Scottish Leaving Certificate Examination, 1959
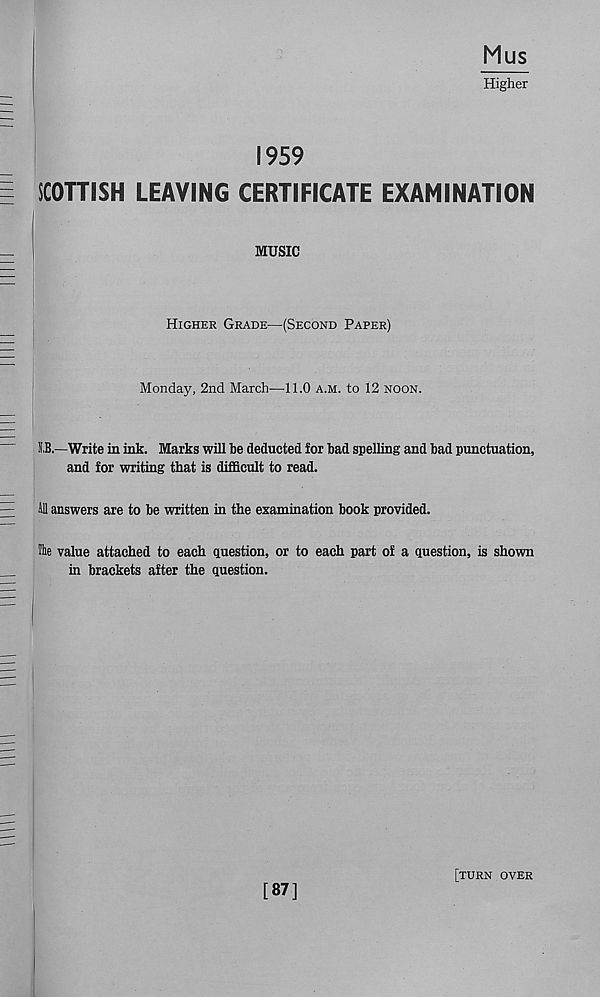
Higher
1959
SCOTTISH LEAVING CERTIFICATE EXAMINATION
!
.
MUSIC
Higher Grade—(Second Paper)
Monday, 2nd March—11.0 a.m. to 12 noon.
I.B.—Write in ink. Marks will be deducted for bad spelling and bad punctuation,
and for writing that is difficult to read.
All answers are to be written in the examination book provided.
The value attached to each question, or to each part of a question, is shown
in brackets after the question.
[87]
[turn over